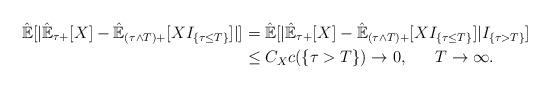
LaTeX: \begin{align*}\hat{\mathbb{E}}[|\hat{\mathbb{E}}_{\tau+}[X]-\hat{\mathbb{E}}_{(\tau\wedge T)+}[XI_{\{\tau\leq T\}}]|]&=\hat{\mathbb{E}}[|\hat{\mathbb{E}}_{\tau+}[X]-\hat{\mathbb{E}}_{(\tau\wedge T)+}[XI_{\{\tau\leq T\}}]|I_{\{\tau> T\}}]\\&\leq C_Xc({\{\tau> T\}})\rightarrow 0,\ \ \ \ \ T\rightarrow\infty.\end{align*}